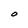
Character: O